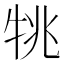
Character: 𤙔